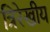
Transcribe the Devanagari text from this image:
त्रिरेखीय